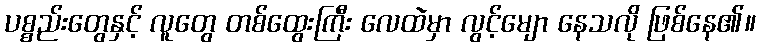
ပစ္စည်းတွေနှင့် လူတွေ တစ်ထွေးကြီး လေထဲမှာ လွင့်မျော နေသလို ဖြစ်နေ၏။